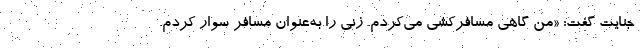
جنایت گفت: «من گاهی مسافرکشی می‌کردم. زنی را به‌عنوان مسافر سوار کردم.